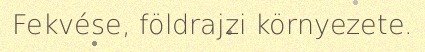
Fekvése, földrajzi környezete.